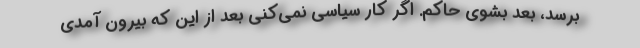
برسد، بعد بشوی حاکم. اگر کار سیاسی نمی‌کنی بعد از این که بیرون آمدی